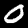
Digit: 0